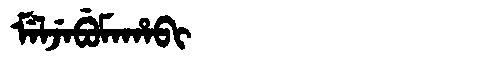
Manchu: ᠮᡝᠯᠵᡝᠪᡠᠮᠠᡥᠠᠪᡳ
Romanization: MELJEBUMAHABI